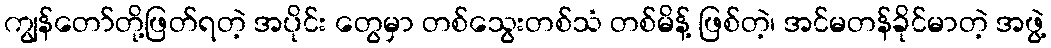
ကျွန်တော်တို့ဖြတ်ရတဲ့ အပိုင်း တွေမှာ တစ်သွေးတစ်သံ တစ်မိန့် ဖြစ်တဲ့၊ အင်မတန်ခိုင်မာတဲ့ အဖွဲ့